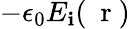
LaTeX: -\epsilon_{0}E_{\mathbf{i}}(\mathrm{{~\mathbf{~}r~}})